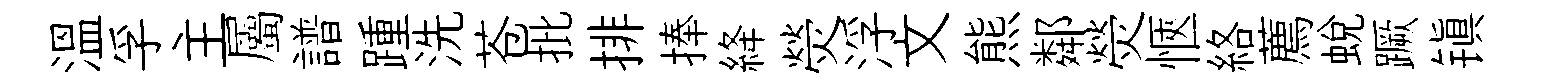
溫孚主屬譜踵洗苍批排捧絳熒浮文熊鄰熒愜絡薦蛻蹶镇